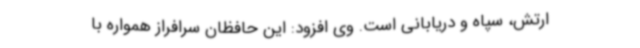
ارتش، سپاه و دریابانی است. وی افزود: این حافظان سرافراز همواره با